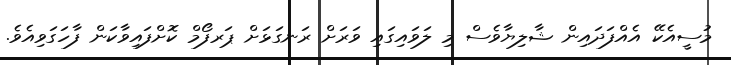
މުސީއެކޭ އެއްފަދައިން ޝާލިޔާވެސް މި ލަވައިގައި ވަރަށް ރަނގަޅަށް ޕަރފޯމް ކޮށްފައިވާކަން ފާހަގަވިއެވެ.